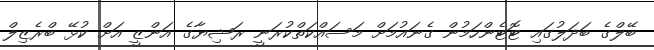
ބޭލްގެ ބަދަލުގައި ޓޮޓެންހަމުން ގެނައުމަށް މަސައްކަތްކުރަނީ ރަޝިޔާގެ އަންޒީ އަށް ކުޅޭ ބްރެޒިލް